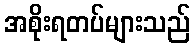
အစိုးရတပ်များသည်